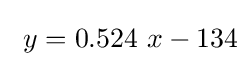
\ y=0.524\ x-134